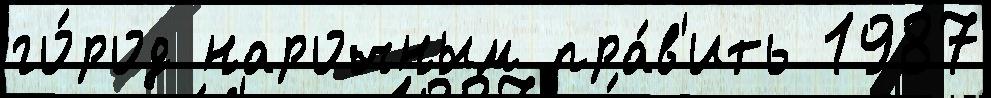
го́род нарочным пра́в'ить 1987